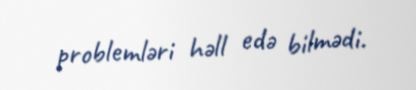
problemləri həll edə bilmədi.